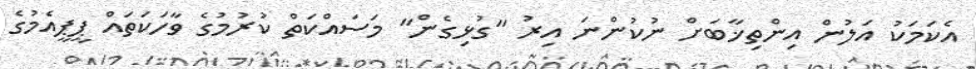
އެކަމަކު އަލުން އިންތިޚާބަށް ނުކުންނަ އިރު "ގުޅިގެން" މަސައްކަތް ކުރުމުގެ ވާހަކަތައް ޕީޕީއެމުގެ